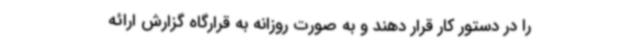
را در دستور کار قرار دهند و به صورت روزانه به قرارگاه گزارش ارائه